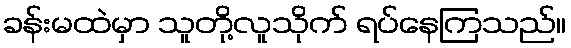
ခန်းမထဲမှာ သူတို့လူသိုက် ရပ်နေကြသည်။